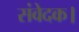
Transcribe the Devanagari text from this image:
संवेदक।